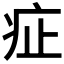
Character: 𤵁